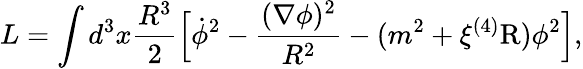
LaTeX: L=\int d^{3}x\frac{R^{3}}{2}\Bigl[\dot{\phi}^{2}-\frac{(\nabla\phi)^{2}}{R^{2}}-(m^{2}+\xi{}^{(4)}\mathrm{R})\phi^{2}\Bigr],